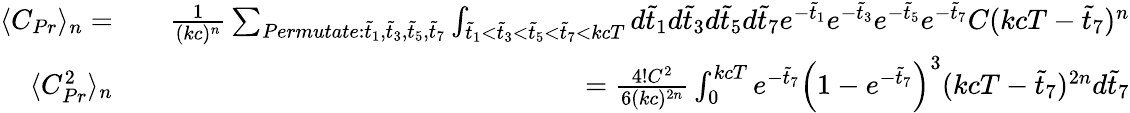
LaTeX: \begin{array}{rlr}{\langle C_{Pr}\rangle_{n}=}&{{}}&{\frac{1}{(kc)^{n}}\sum_{Permutate:\tilde{t}_{1},\tilde{t}_{3},\tilde{t}_{5},\tilde{t}_{7}}\int_{\tilde{t}_{1}<\tilde{t}_{3}<\tilde{t}_{5}<\tilde{t}_{7}<kcT}d\tilde{t}_{1}d\tilde{t}_{3}d\tilde{t}_{5}d\tilde{t}_{7}e^{-\tilde{t}_{1}}e^{-\tilde{t}_{3}}e^{-\tilde{t}_{5}}e^{-\tilde{t}_{7}}C(kcT-\tilde{t}_{7})^{n}}\\ {\langle C_{Pr}^{2}\rangle_{n}}&{{}}&{=\frac{4!C^{2}}{6(kc)^{2n}}\int_{0}^{kcT}e^{-\tilde{t}_{7}}\left(1-e^{-\tilde{t}_{7}}\right)^{3}(kcT-\tilde{t}_{7})^{2n}d\tilde{t}_{7}}\end{array}